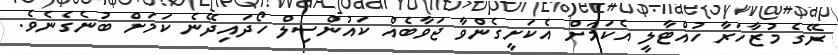
ރޭގެ މުޒާހަރާ ހުއްޓާލީ އެކަމަށް އެކަށީގެންވާ ޖަވާބެއް ކައުންސިލް ހޯދައިދޭނެ ކަމަށް ބުނެގެނެވެ.